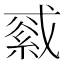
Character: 𦁓